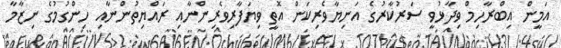
އަމީން އިބްރާހިމް ވިދާޅުވީ ސަރުކާރުގެ އަނިޔާވެރިކަން އޮތީ ވިޔަފާރިވެރިންނާއި ރައްޔިތުންނާއި ހިންގުމުގެ ނިޒާމާ